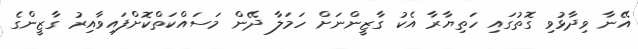
އޭނާ ވިދާޅުވި ގޮތުގައި ހަތިޔާރާ އެކު ގާޒީންނަށް ހަމަލާ ދޭން މަސައްކަތްކޮށްފައިވާއިރު ގާޒީންގެ